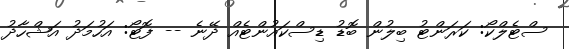
ސްޓެލްކޯ: ކަރަންޓު ބިލުން ބޮޑު ޑިސްކައުންޓެއް ދޭނެ -- ފޮޓޯ: އަހުމަދު އަޝްހާދު